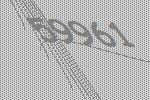
59961